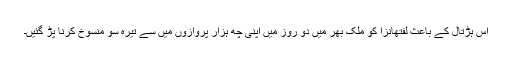
اس ہڑتال کے باعث لفتھانزا کو ملک بھر میں دو روز میں اپنی چھ ہزار پروازوں میں سے تیرہ سو منسوخ کرنا پڑ گئیں۔